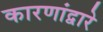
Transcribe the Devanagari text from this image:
कारणांद्वारे